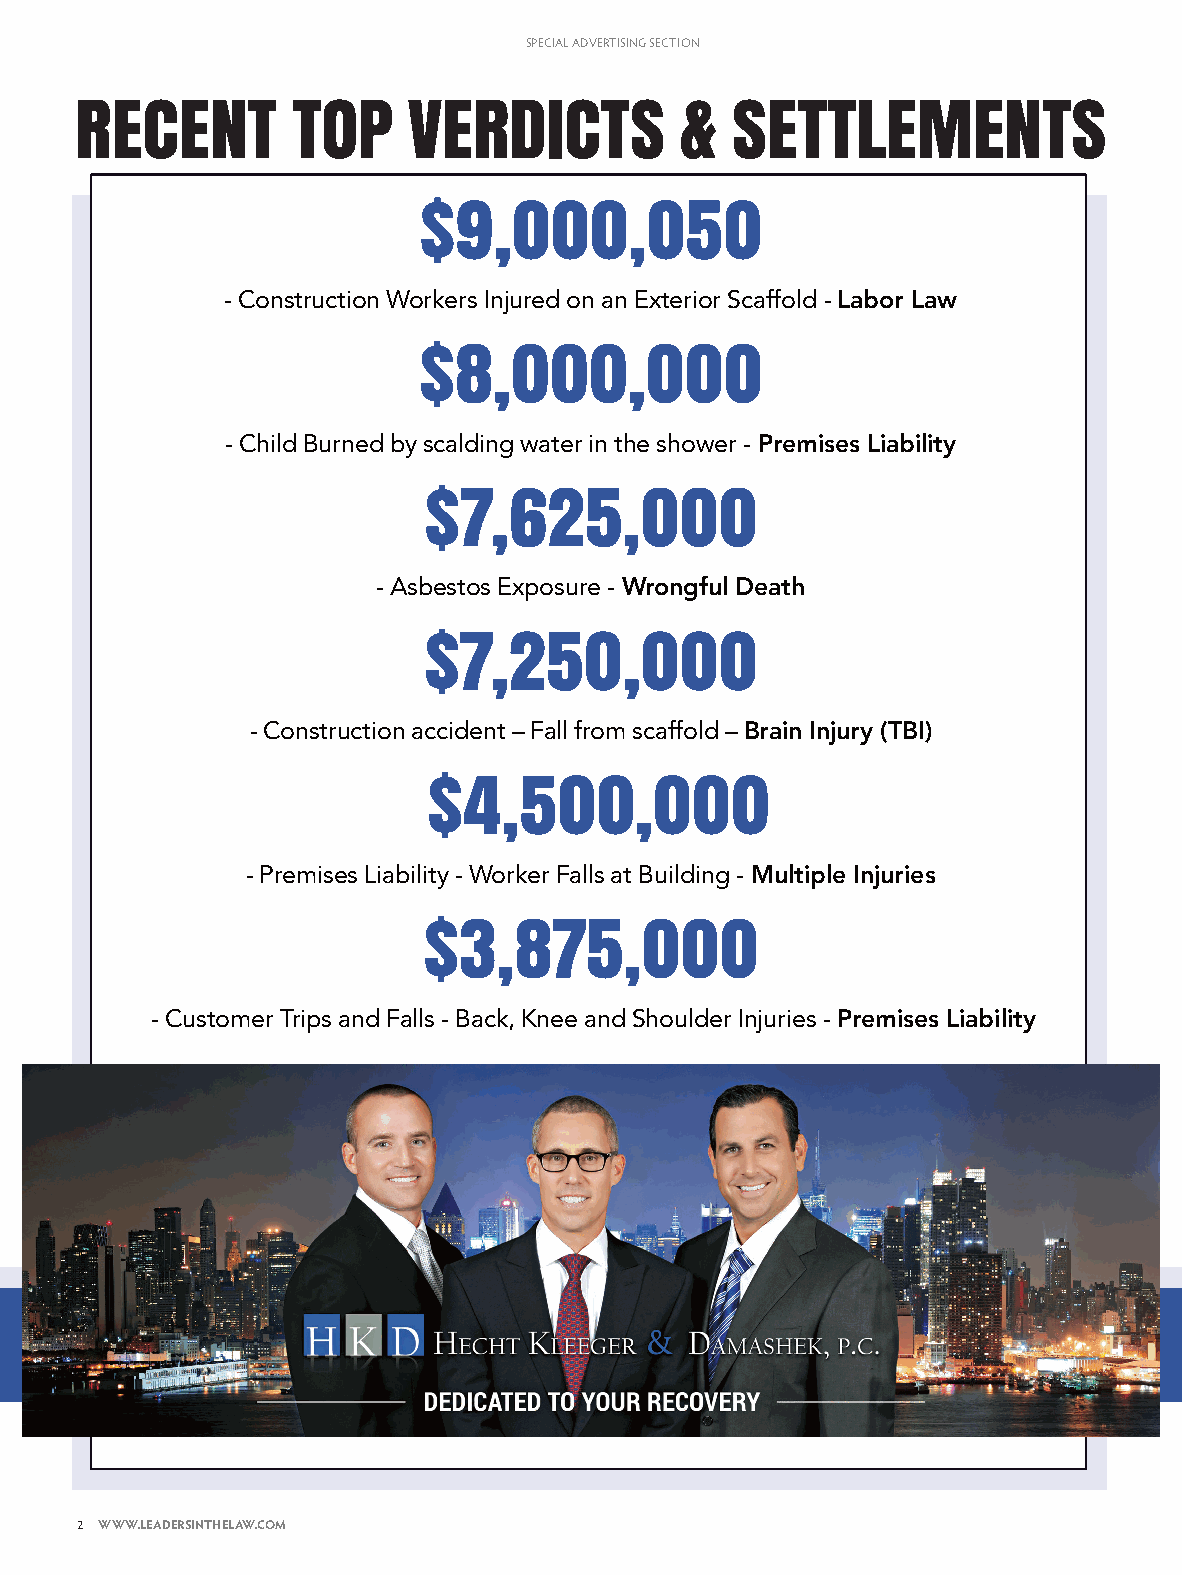
SPECIAL ADVERTISING SECTION
 RECENT        TOP     VERDICTS          &  SETTLEMENTS                       HECHT        K
 $9,000,050
 - Construction Workers Injured on an Exterior Scaffold - Labor Law
 $8,000,000
 - Child Burned by scalding water in the shower - Premises Liability
 $7,625,000
 - Asbestos Exposure - Wrongful Death
 $7,250,000
 - Construction accident – Fall from scaffold – Brain Injury (TBI)
 $4,500,000
 - Premises Liability - Worker Falls at Building - Multiple Injuries
 $3,875,000
 - Customer Trips and Falls - Back, Knee and Shoulder Injuries - Premises Liability
 2 WWW.LEADERSINTHELAW.COM
 LAWYERS_2016 [Print].indd 2                                           6/22/16 3:22 PM